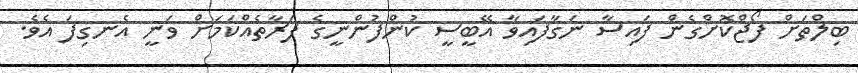
ބިލްތަށް ފޯޖްކޮށްގެން ފައިސާ ނަގާފައިވާ އޭބީސީ ކުންފުންނީގެ ފަރާތެއްކަމަށް ވަނީ އެނގިފަ އެވެ.